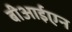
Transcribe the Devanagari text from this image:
बीआईएन